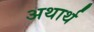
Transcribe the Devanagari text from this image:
अथार्थ